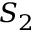
S _ { 2 }